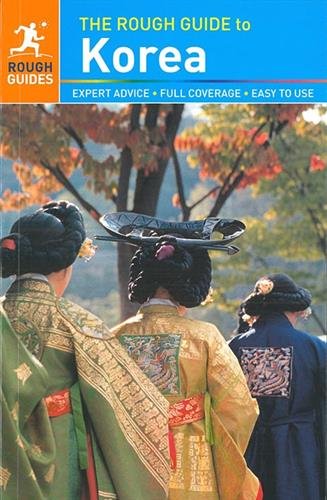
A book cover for The Rough Guide to Korea; Rough Guides; Travel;